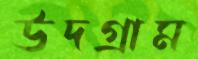
উদগ্রাম